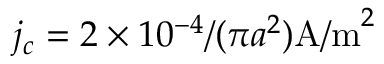
j _ { c } = 2 \times 1 0 ^ { - 4 } / ( \pi a ^ { 2 } ) \mathrm { A / m } ^ { 2 }